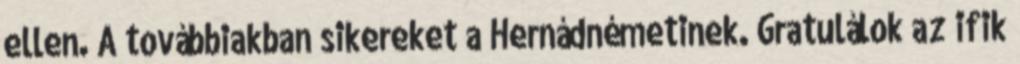
ellen. A továbbiakban sikereket a Hernádnémetinek. Gratulálok az ifik